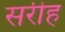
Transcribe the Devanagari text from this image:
सरीह